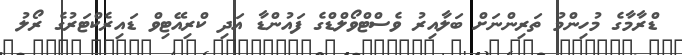
ޑްރާމާގެ މުހިންމު ތަރިންނަށް ބަލާއިރު ވެސްޓްވޯލްޑްގެ ފައުންޑާ އަދި ކްރިއޭޓިވް ޑައިރެކްޓަރުގެ ރޯލު